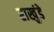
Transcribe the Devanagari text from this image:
राखुंडे